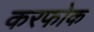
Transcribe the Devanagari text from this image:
करफोक